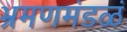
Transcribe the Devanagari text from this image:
भ्रमणमंडळं